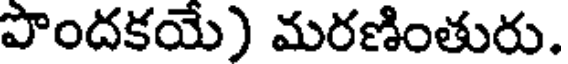
పొందకయే) మరణింతురు.